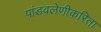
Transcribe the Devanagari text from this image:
पांडवलेणीकरिता